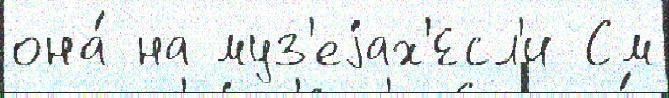
она́ на муз'еjах'Есл'и См